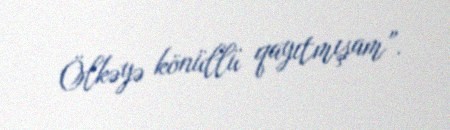
Ölkəyə könüllü qayıtmışam”.